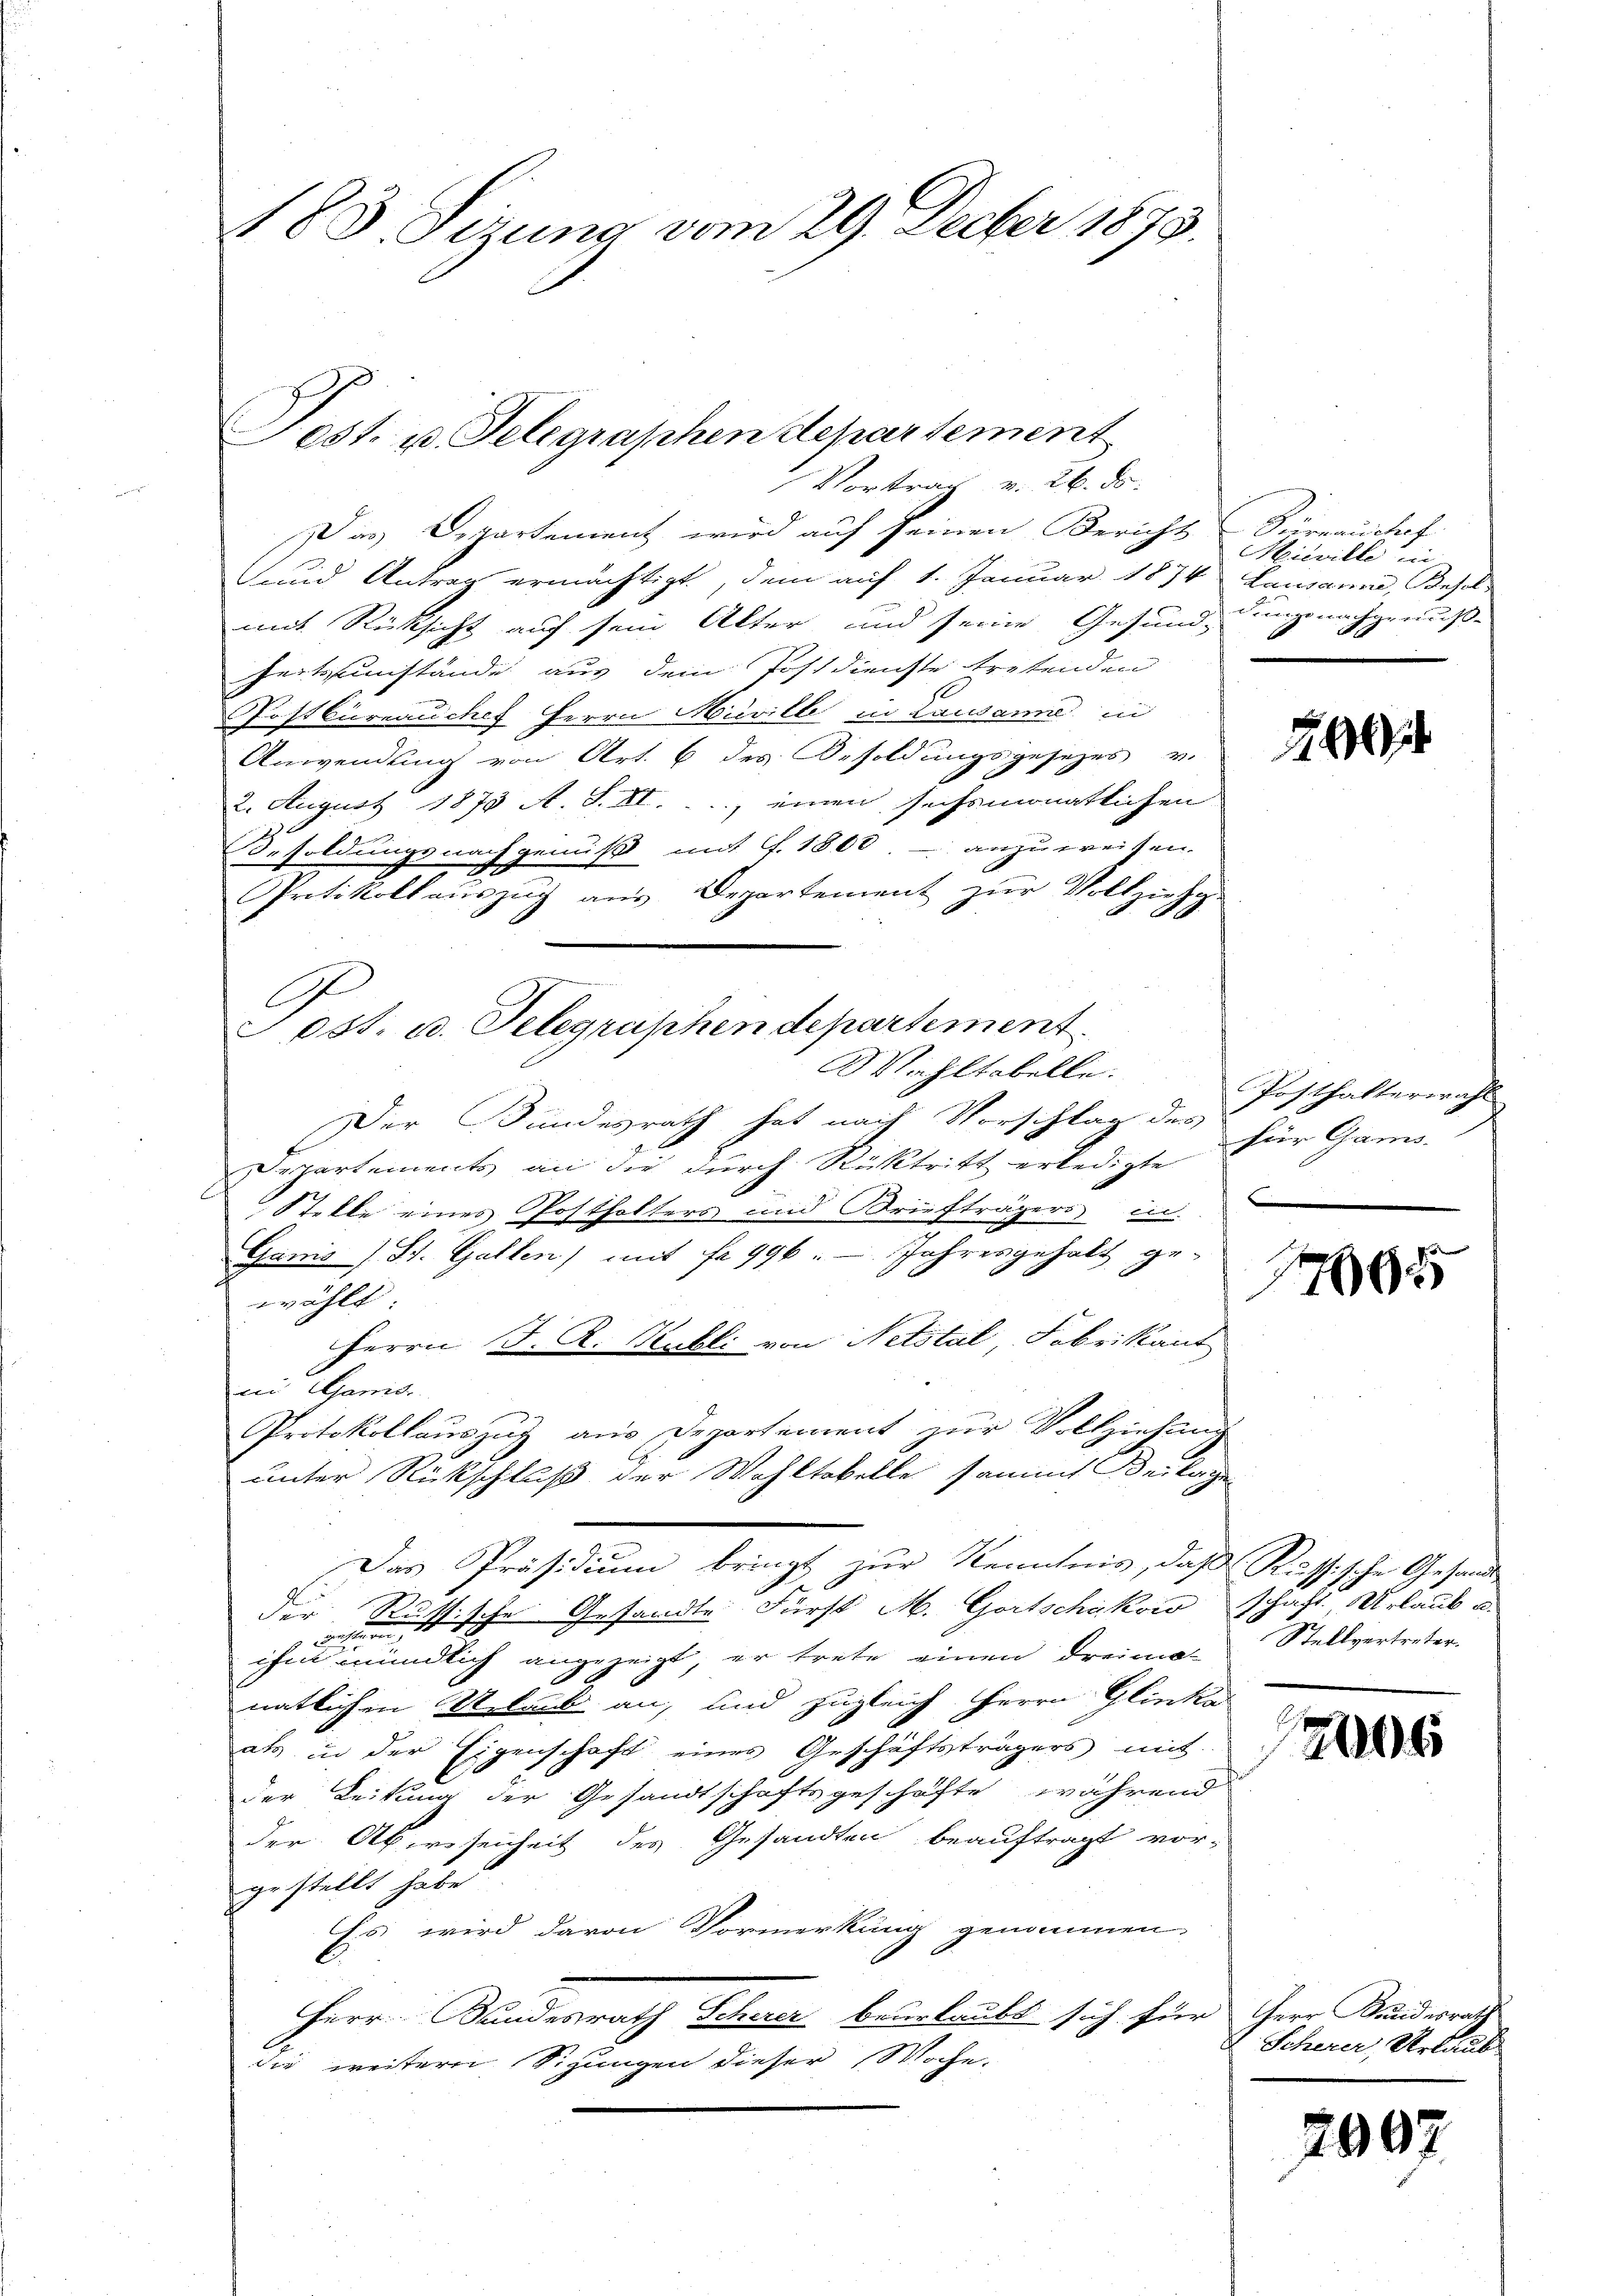
183. Sizung vom 29. Feber 1873.

Das Departement wird auf seinen Bericht Dürrauschaf
und Antrag ermächtigt, dem auf 1. Januar 1874 Lausanne, Besol
mit Rücksicht auf sein Alter und seine Gesundung nachgenuß-
Zeitsumstände aus dem Postdienste tretenden
Postbureauches Herrn Misville in Lausanne in
Anwendung von Art. 6 des Besoldungsgesezes v.
2. August 1873 A. S. II., einen sechsmonatlichen
Besoldungsnachgenuß mit f. 1800 anzuweisen.
Protokollauszug aus Departement zur Vollziehy-
C
Wahltabelle.
Der Bundesrath hat nach Vorschlag des
Departements an die durch Rücktritt erledigte
Stelle eines Posthalters und Briefträgers in
Ganis (St. Gallen) mit fr. 996. Jahresgehalt ge-
wählt
Herrn J. R. Mülli von Netstal, Fabrikant
ii Gamide.
Protokollauszug aus Departement zur Vollziehung
unter Rückschluß der Wahltakelle sammt Beilage
Das Präsidium bringt zur Kenntnis, daß Russische Gesandt
der Russische Gesandte Fürst M. Gortschakowschaft. Urlaub u.
wesen,
ihm mündlich angezeigt, er trete einen dreimas Stellvertreter.
natlichen Urlaub an, und zugleich Herrn Glinke
als in der Eigenschaft eines Geschäftsträgers mit
E
der Leitung der Gesandtschaftsgeschäfte während
der Abwesenheit des Gesandten beauftragt vor-
gestellt habe.
Es wird davon Vormerkung genommen,
Herr Standesrath Schwer beurlaubt sich für Herr Kundesrath
die weitern Sizungen dieser Woche.

Fest. u. Telegraphen Departement
Vortrag v. 26. ds.

ost. c. Telegraphen departement

Mieville in

2

Posthalterwahl
für Gans.
e

1795

12000

Scherer, Verlaub

2907